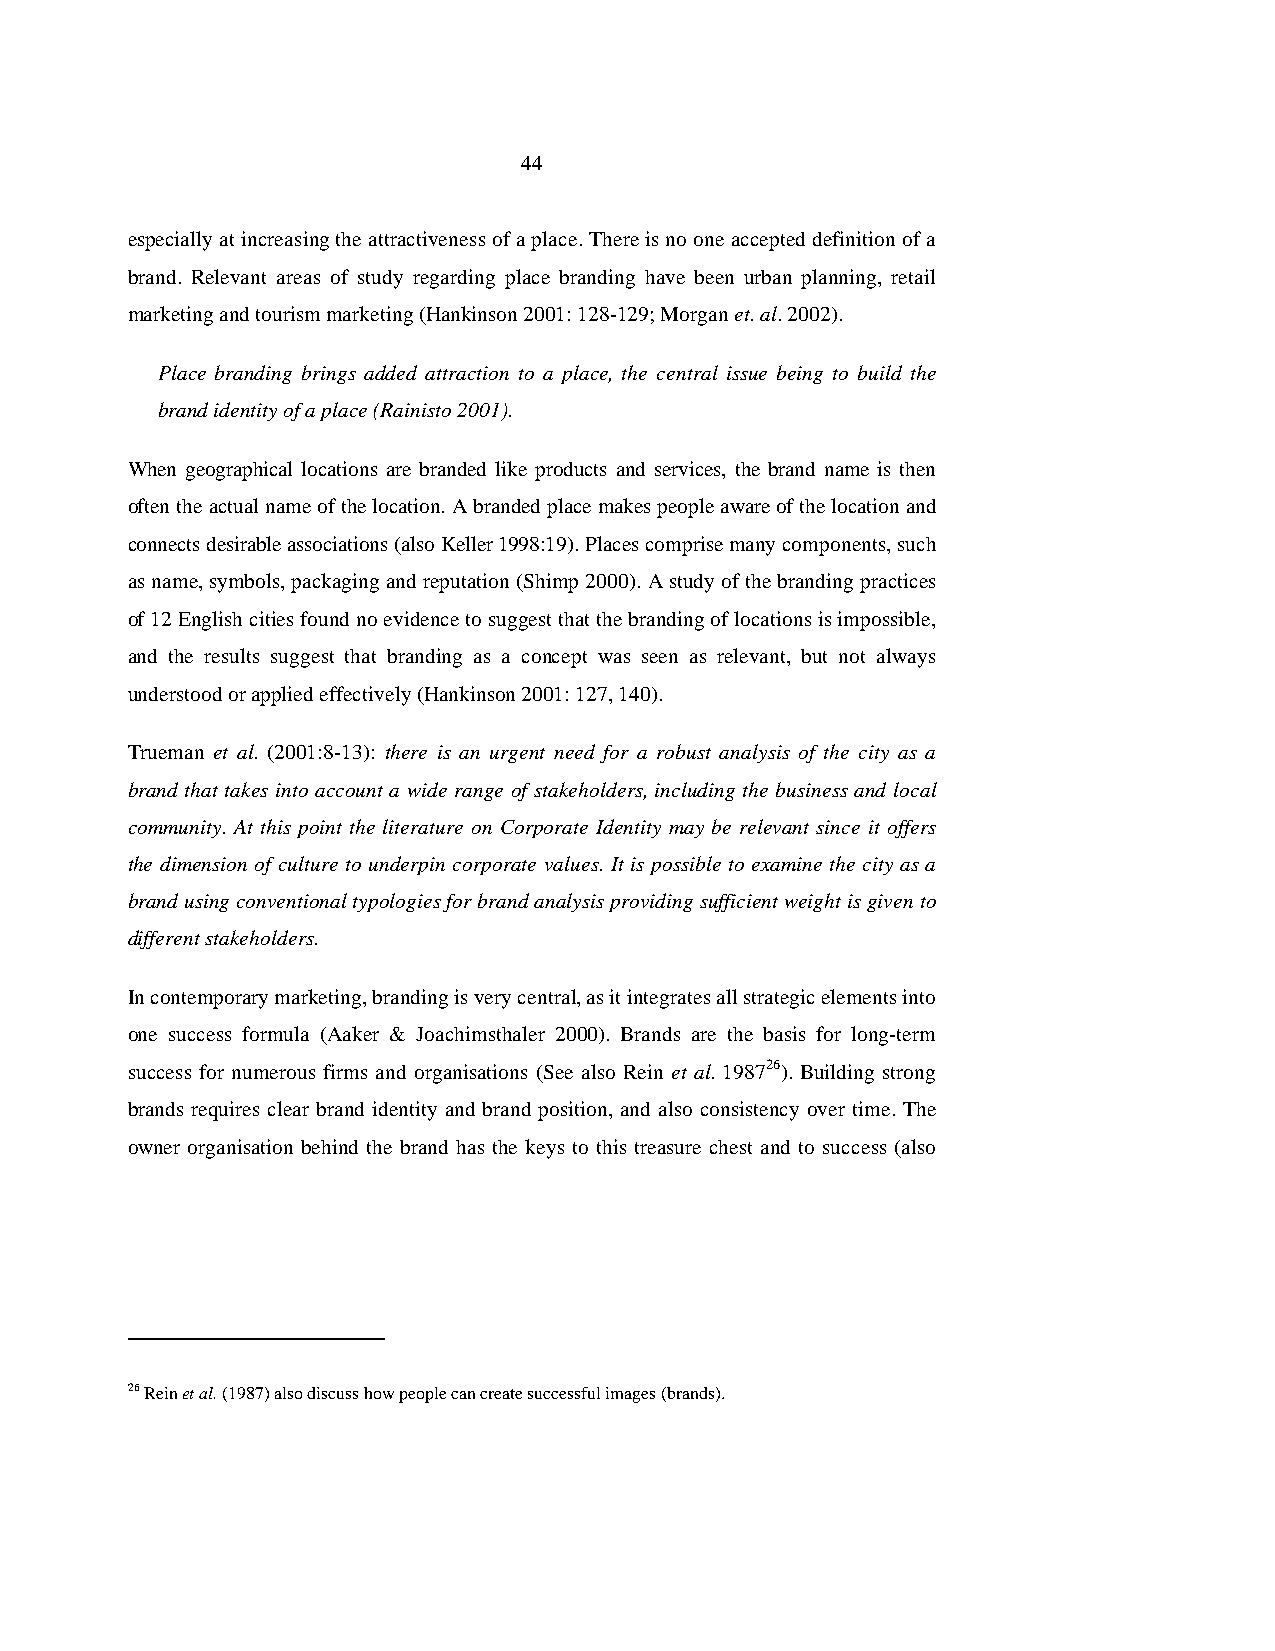
44
 especially at increasing the attractiveness of a place. There is no one accepted definition of a
 brand. Relevant areas of study regarding place branding have been urban planning, retail
 marketing and tourism marketing (Hankinson 2001: 128-129; Morgan et. al. 2002).
 Place branding brings added attraction to a place, the central issue being to build the
 brand identity of a place (Rainisto 2001).
 When geographical locations are branded like products and services, the brand name is then
 often the actual name of the location. A branded place makes people aware of the location and
 connects desirable associations (also Keller 1998:19). Places comprise many components, such
 as name, symbols, packaging and reputation (Shimp 2000). A study of the branding practices
 of 12 English cities found no evidence to suggest that the branding of locations is impossible,
 and the results suggest that branding as a concept was seen as relevant, but not always
 understood or applied effectively (Hankinson 2001: 127, 140).
 Trueman et al. (2001:8-13): there is an urgent need for a robust analysis of the city as a
 brand that takes into account a wide range of stakeholders, including the business and local
 community. At this point the literature on Corporate Identity may be relevant since it offers
 the dimension of culture to underpin corporate values. It is possible to examine the city as a
 brand using conventional typologies for brand analysis providing sufficient weight is given to
 different stakeholders.
 In contemporary marketing, branding is very central, as it integrates all strategic elements into
 one success formula (Aaker & Joachimsthaler 2000). Brands are the basis for long-term
 success for numerous firms and organisations (See also Rein et al. 198726). Building strong
 brands requires clear brand identity and brand position, and also consistency over time. The
 owner organisation behind the brand has the keys to this treasure chest and to success (also
 26 Rein et al. (1987) also discuss how people can create successful images (brands).